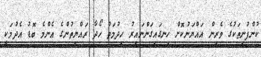
ކުންފުނިތަކުގެ ވެރިން އައްޔަނުކޮށް ހިނގައިގަންނައިރު ހިދުމަތް ހޯދާ ރައްޔިތުންގެ އެންމެ ބޮޑު އެދުމަކީ